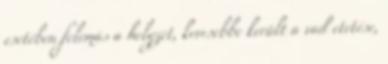
esetében felemás a helyzet, kevesebbe került a vad etetése,